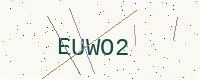
Text: EUWO2